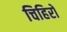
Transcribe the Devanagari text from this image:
चिहिरो